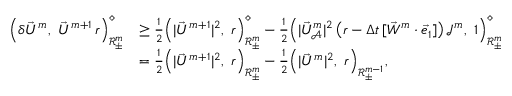
\begin{array} { r l } { \Bigl ( \delta \vec { U } ^ { m } , ~ \vec { U } ^ { m + 1 } \, r \Bigr ) _ { \mathscr { R } _ { \pm } ^ { m } } ^ { \diamond } } & { \geq \frac { 1 } { 2 } \Bigl ( | \vec { U } ^ { m + 1 } | ^ { 2 } , ~ r \Bigr ) _ { \mathscr { R } _ { \pm } ^ { m } } ^ { \diamond } - \frac { 1 } { 2 } \Bigl ( | \vec { U } _ { \mathcal { A } } ^ { m } | ^ { 2 } \, \bigl ( r - \Delta t \, [ \vec { W } ^ { m } \cdot \vec { e } _ { 1 } ] \bigr ) \, \mathcal { J } ^ { m } , ~ 1 \Bigr ) _ { \mathscr { R } _ { \pm } ^ { m } } ^ { \diamond } } \\ & { = \frac { 1 } { 2 } \Bigl ( | \vec { U } ^ { m + 1 } | ^ { 2 } , ~ r \Bigr ) _ { \mathscr { R } _ { \pm } ^ { m } } - \frac { 1 } { 2 } \Bigl ( | \vec { U } ^ { m } | ^ { 2 } , ~ r \Bigr ) _ { \mathscr { R } _ { \pm } ^ { m - 1 } } , } \end{array}